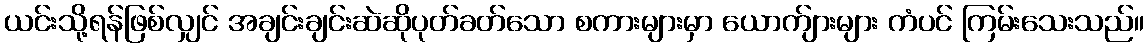
ယင်းသို့ရန်ဖြစ်လျှင် အချင်းချင်းဆဲဆိုပုတ်ခတ်သော စကားများမှာ ယောက်ျားများ ကံပင် ကြမ်းသေးသည်။